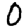
Digit: 0